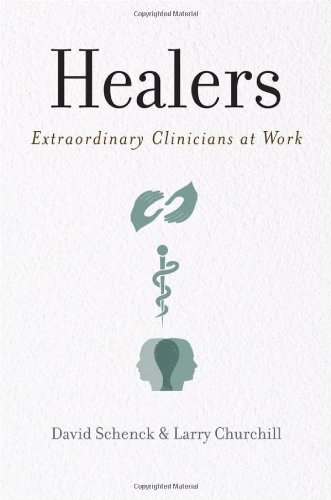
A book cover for Healers: Extraordinary Clinicians at Work; David Schenck; Medical Books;